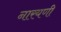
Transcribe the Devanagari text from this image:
नारयणी